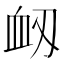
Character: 衂